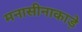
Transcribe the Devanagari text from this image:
मनासीनाकाड़े